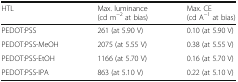
| HTL | Max. luminance (cd m−2 at bias) | Max. CE (cd A−1 at bias) |
 | --- | --- | --- |
 | PEDOT:PSS | 261 (at 5.90 V) | 0.10 (at 5.90 V) |
 | PEDOT:PSS-MeOH | 2075 (at 5.55 V) | 0.38 (at 5.55 V) |
 | PEDOT:PSS-EtOH | 1166 (at 5.70 V) | 0.16 (at 5.70 V) |
 | PEDOT:PSS-IPA | 863 (at 5.10 V) | 0.22 (at 5.10 V) |